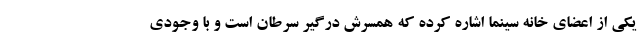
یکی از اعضای خانه سینما اشاره کرده که همسرش درگیر سرطان است و با وجودی